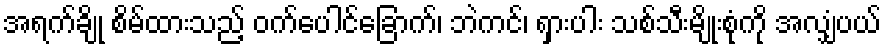
အရက်ချို စိမ်ထားသည့် ဝက်ပေါင်ခြောက်၊ ဘဲကင်၊ ရှားပါး သစ်သီးမျိုးစုံကို အလျှံပယ်